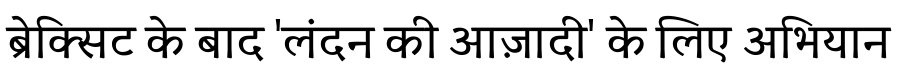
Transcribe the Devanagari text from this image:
ब्रेक्सिट के बाद 'लंदन की आज़ादी' के लिए अभियान